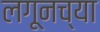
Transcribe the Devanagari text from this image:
लगूनच्या